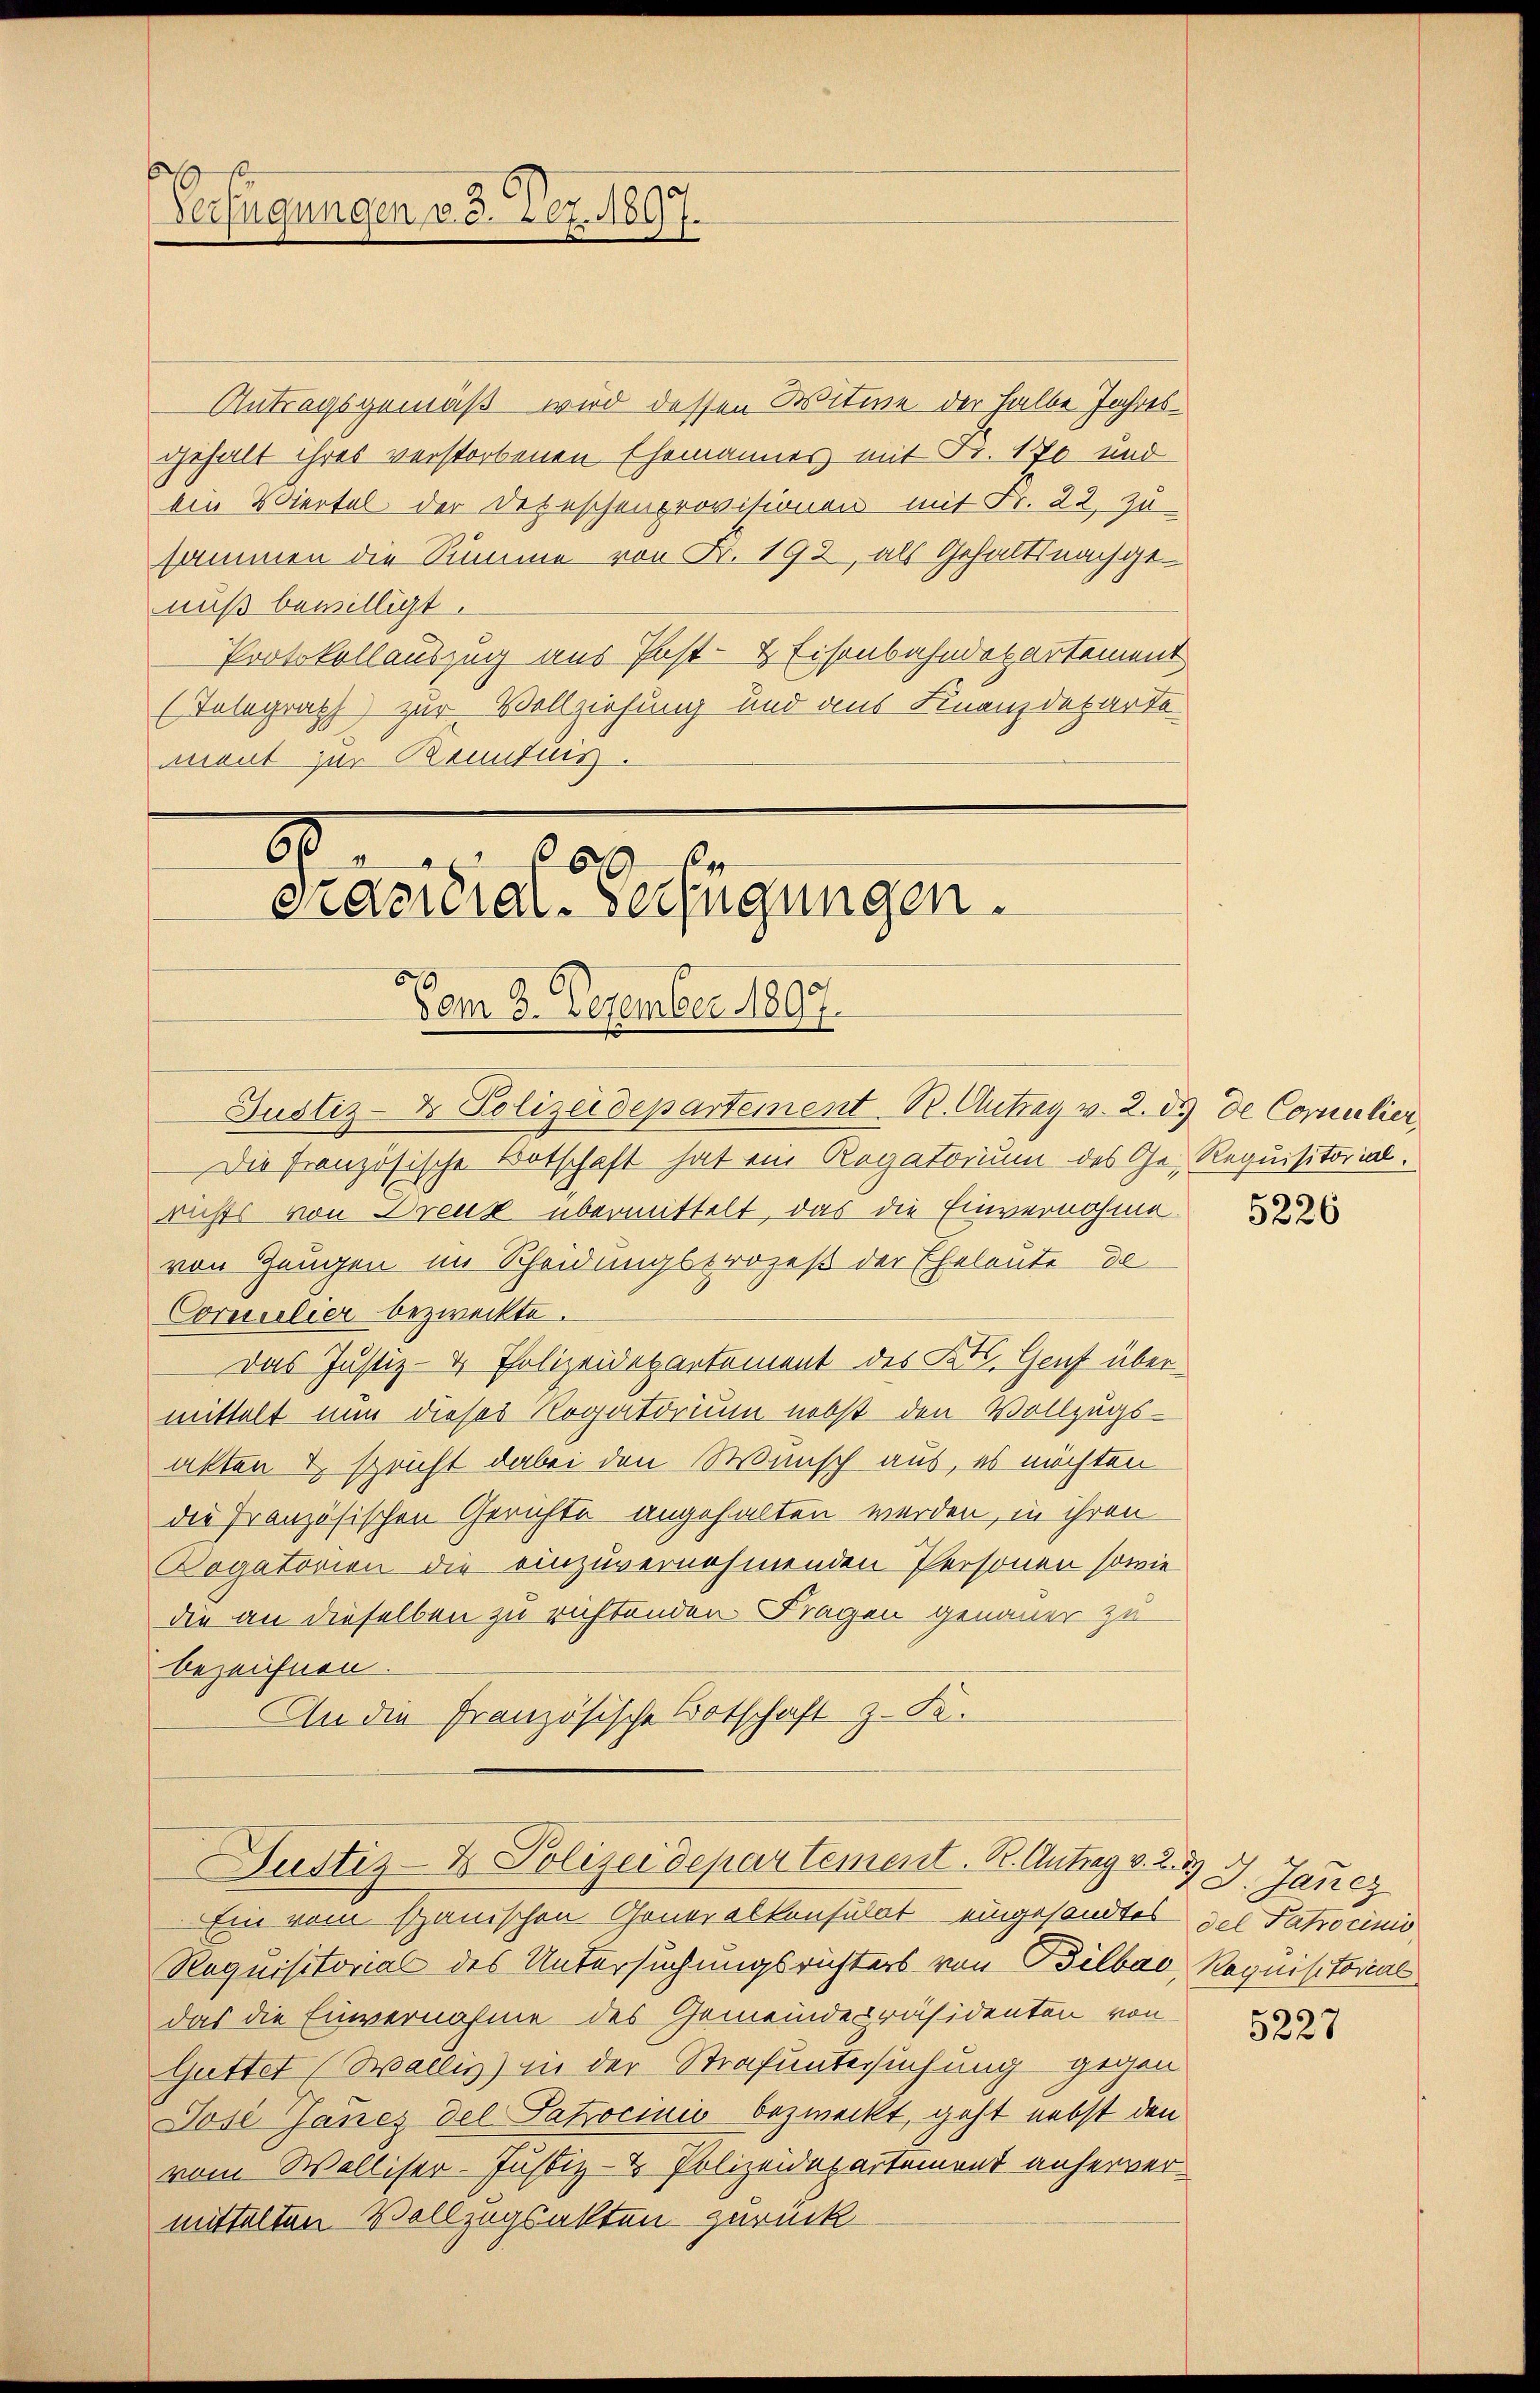
Antragsgemäß wird dessen Witwe der halbe Jahres
gehalt ihres verstorbenen Ehemannes mit Fr. 170 und
ein Viertel der Depeschenprovisionen mit Fr. 22. Zu
sammen die Summe von Fr. 192, als Gehaltsnachgenuß bewilligt.
Protokollauszug aus Past- & Eisenbahndepartement
(Telegraph) zur Vollziehung und aus Finanzdeparte
ment zur Renntnis.

Verfügungen v. 3. Dez. 1897.

88
.
cacidial-Verfügungen.
Vom 3. Dezember 1897.
Justiz- & Polizeidepartement B. Antrag v. 2. ds de Comulier

Justiz- & Polizeidepartement. R. Antrag v. 23 J. Janez

Die französische Botschaft hat ein Rogatorium des Ge- Requisitorial.
richts von Dreuk übermittelt, das die Einvernohme
von Zeugen im Scheidungsprozeß der Eheleute de
Corssilier bezweckte.
Das Justiz- & Polizeidepartement des Kts. Genf über
mittelt nun dieses Rogatorium nebst den Vollzugs-
alten & spricht dabei den Wunsch aus, es möchten
die Französischen Gerichte angehalten werden, in ihren
Dogatorien die einzuvernehmenden Personen sowie
die an dieselben zu richtenden Fragen genauer zu
bezeichnen.
An die Französische Botschaft z. Fa¬

Ein vom spanischen Generalkonsulat eingesandtes des Patrocinis
Requisitorial des Untersuchungsrichters von Bilbar, Requisitorial
das die Einvernahme des Gemeindepräsidenten von
Guttet (Wallis) in der Strafuntersuchung gegen
Jose Jaucz del Patrocinis bezweckt, geht nebst den
vom Walliser-Justiz- & Polizeidepartement anhervermittelten Vollzugsakten zurück

5226

5227